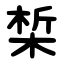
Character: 椞